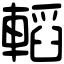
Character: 轁